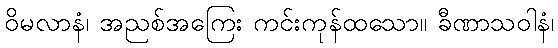
ဝိမလာနံ၊ အညစ်အကြေး ကင်းကုန်ထသော။ ခီဏာသဝါနံ၊